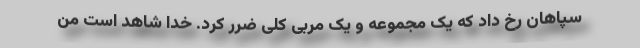
سپاهان رخ داد که یک مجموعه و یک مربی کلی ضرر کرد. خدا شاهد است من